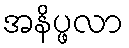
အနိပ္ဖလာ